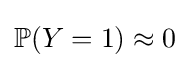
\mathbb {P} (Y=1)\approx 0